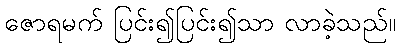
ဇောရမက် ပြင်း၍ပြင်း၍သာ လာခဲ့သည်။